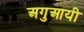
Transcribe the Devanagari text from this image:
अगुआयी